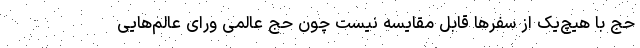
حج با هیچ‌یک از سفرها قابل مقایسه نیست چون حج عالمی ورای عالم‌هایی